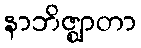
နာဘိဇ္ဈာတာ